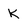
Character: K